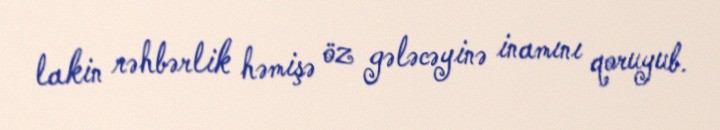
lakin rəhbərlik həmişə öz gələcəyinə inamını qoruyub.